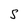
Character: S